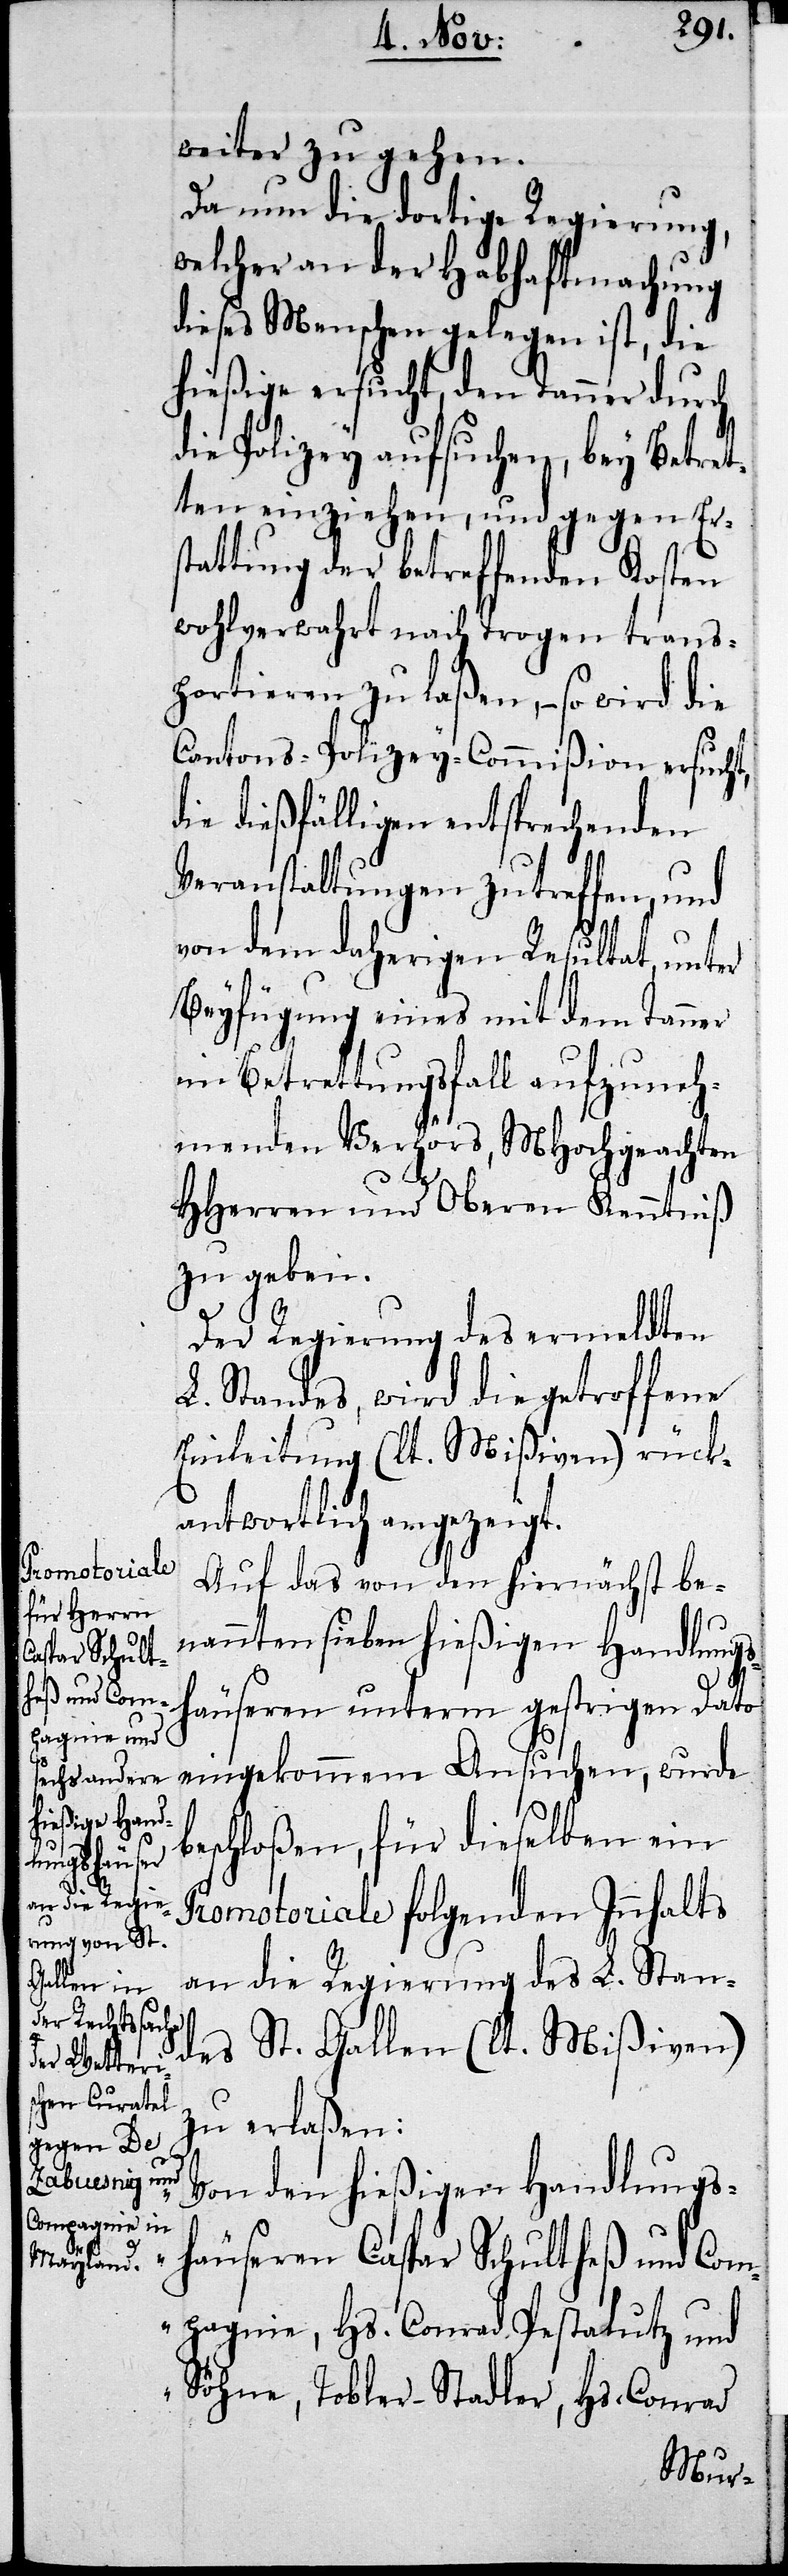
weiter zu gehen.
Da nun die dortige Regierung,
welcher an der Habhaftmachung
dieses Menschen gelegen ist, die
hießige ersucht, den Tanner durch
die Polizey aufsuchen, bey Betret¬
ten einziehen, und gegen Ers¬
tattung der betreffenden Kosten
wohlverwahrt nach Trogen trans¬
portieren zu laßen, – so wird die
Cantons-Polizey-Commißion ersucht,
die dießfälligen entsprechenden
Veranstaltungen zu treffen, und
von dem daherigen Resultat, unter
Beyfügung eines mit dem Tanner
im Betretungsfall aufzuneh¬
menden Verhörs, MHochgeachtet¬
„V¬
HHerren und Oberen Kenntniß
zu geben.
Der Regierung des ermeldten
L. Standes, wird die getroffene
Einleitung (lt. Mißiven rück¬
antwortlich angezeigt.
Auf das von den hiernächst be¬
nannten sieben hießigen Handlungs¬
häuseren unterm gestrigen Dato
eingekommene Ansuchen, wurde
beschloßen, für dieselben ein
Promotoriale folgenden Innhalts
an die Regierung des L. Stan¬
des St. Gallen (lt. Mißiven)
zu erlaßen:
on den hießigen Handlungs¬
häuseren Caspar Schultheß und Com¬
pagnie, Hs. Conrad Pestalutz und
Söhne, Tobler-Stadler, Hs. Conrad